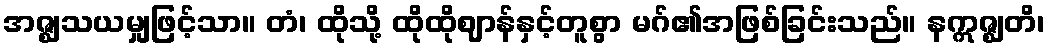
အဇ္ဈသယမျှဖြင့်သာ။ တံ၊ ထိုသို့ ထိုထိုဈာန်နှင့်တူစွာ မဂ်၏အဖြစ်ခြင်းသည်။ နဣဇ္ဈတိ၊